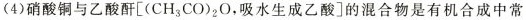
(4)硝酸铜与乙酸酐[(CH_{3}CO)_{2}O，吸水生成乙酸]的混合物是有机合成中常